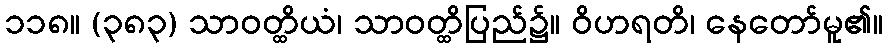
၁၁၈။ (၃၈၃) သာဝတ္ထိယံ၊ သာဝတ္ထိပြည်၌။ ဝိဟရတိ၊ နေတော်မူ၏။